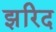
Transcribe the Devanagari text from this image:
झरिद